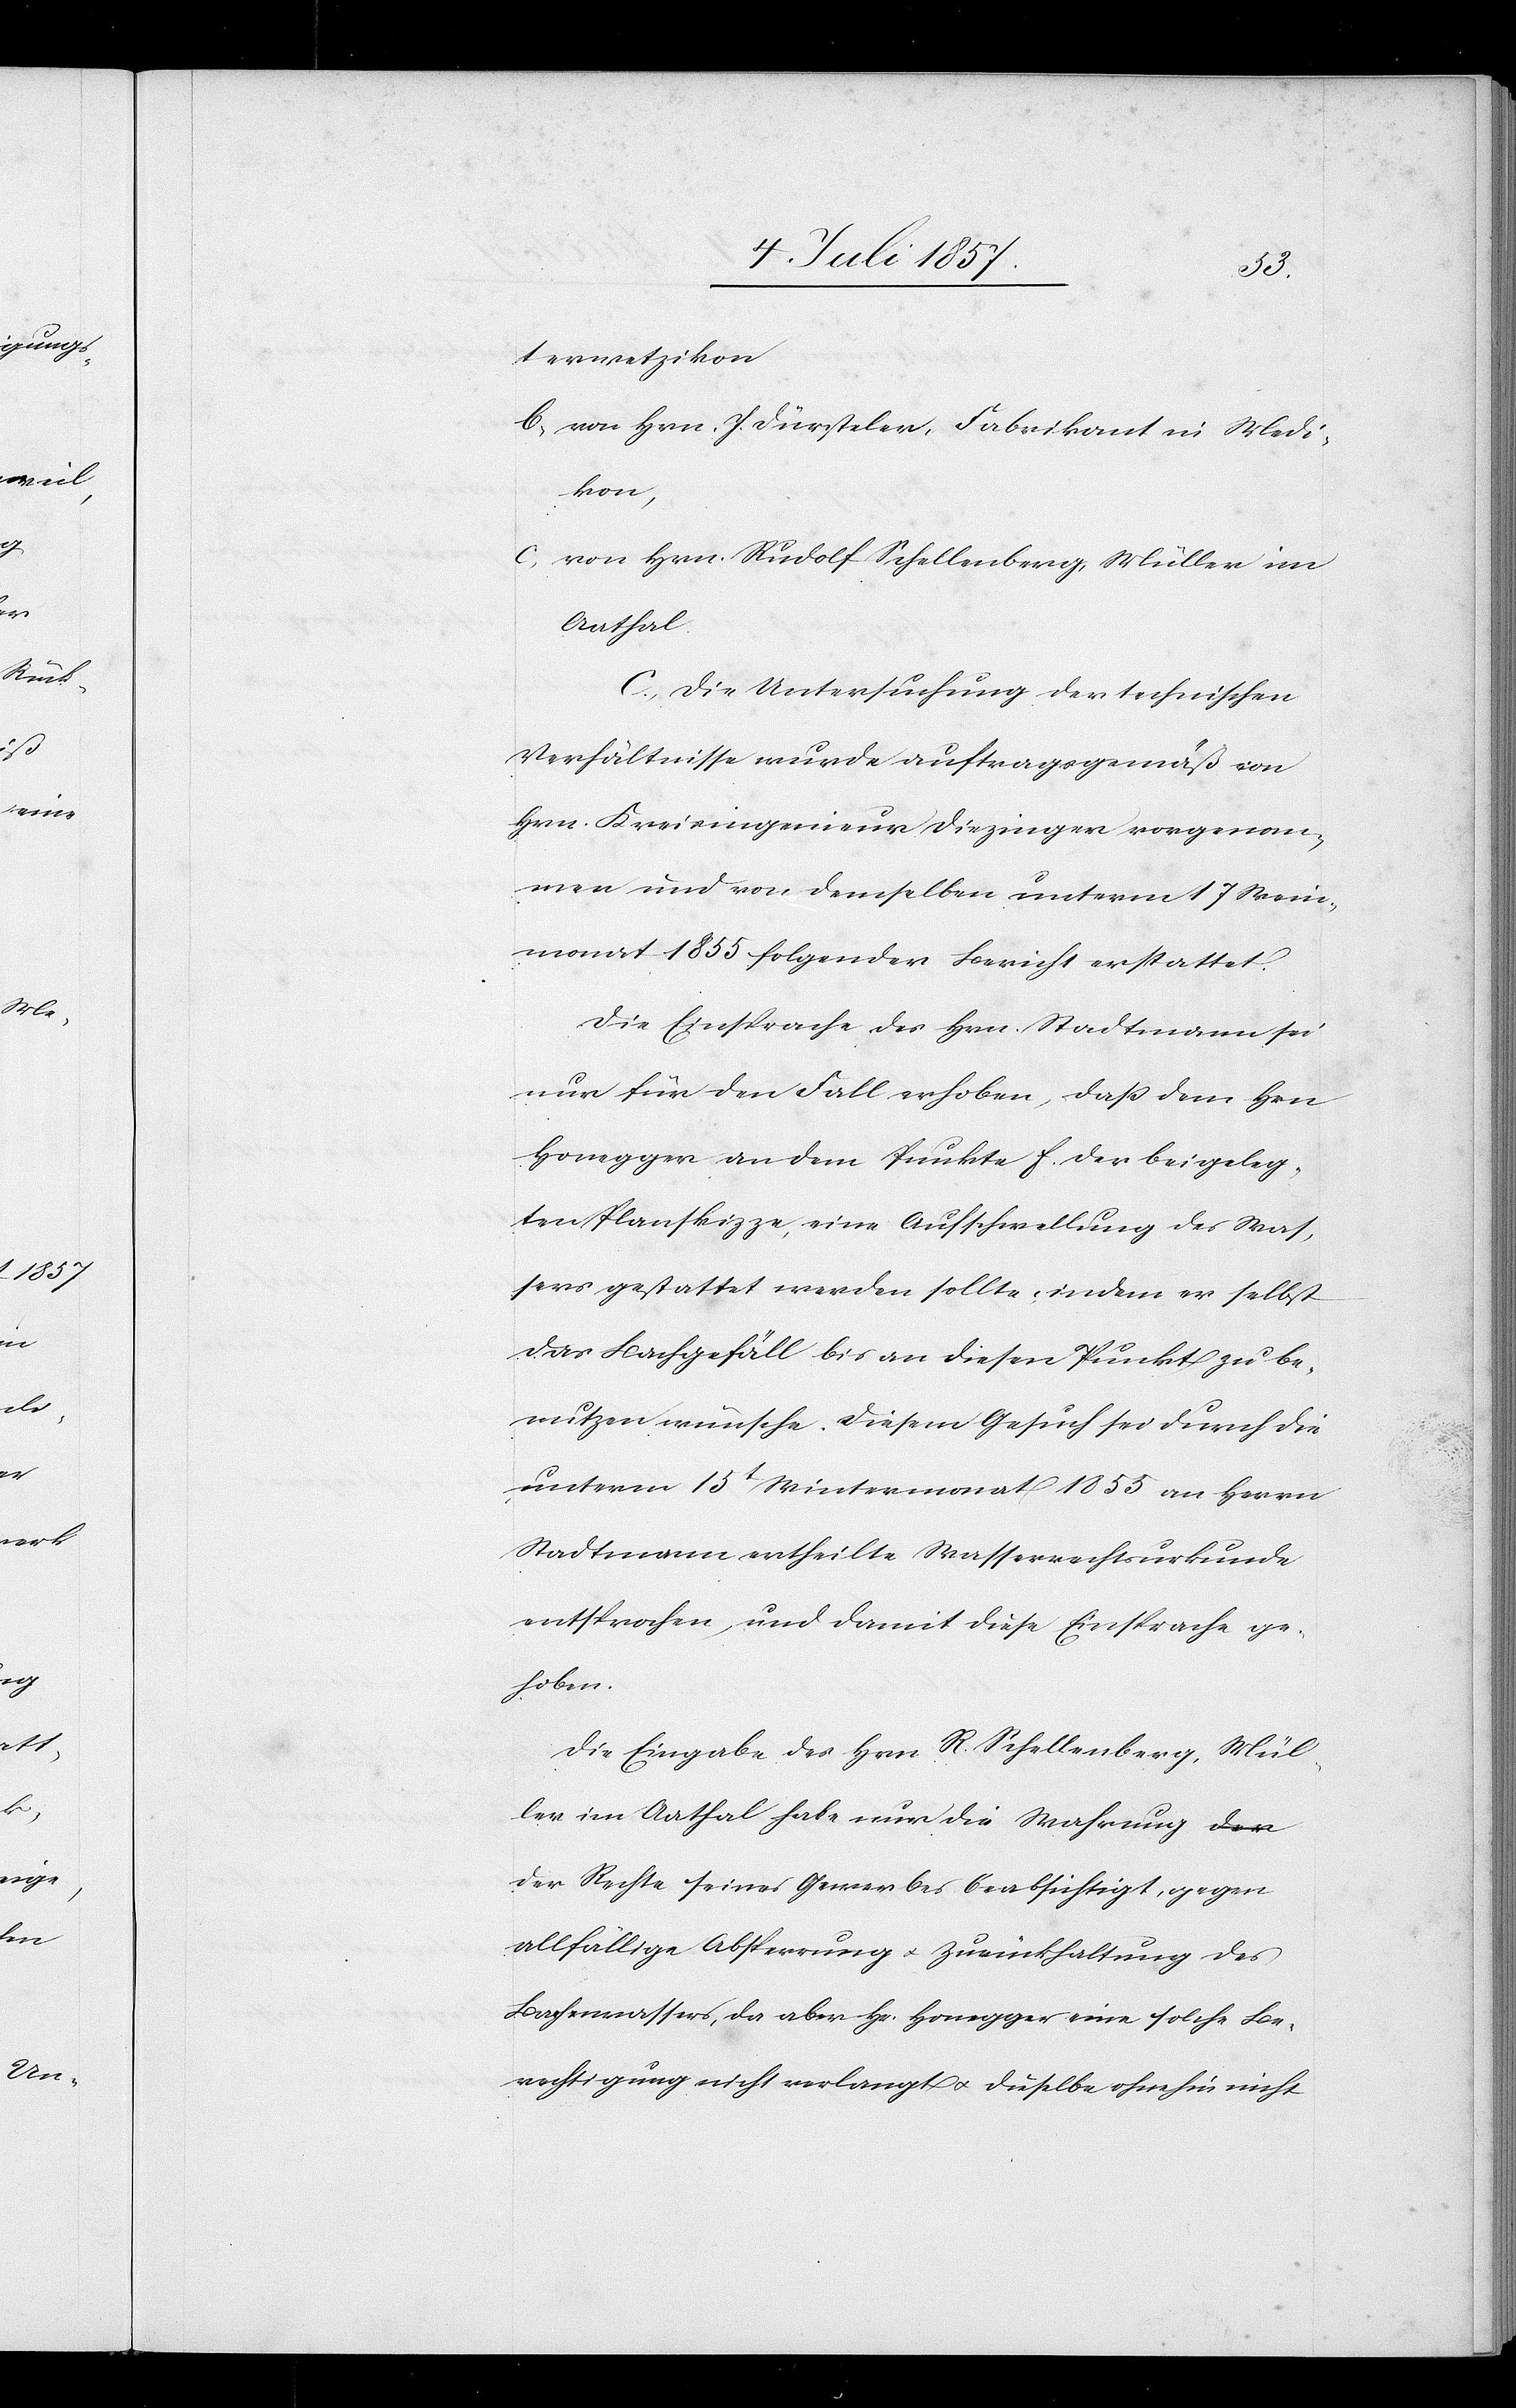
terwetzikon
b, an Hrn. Dürsteler, Fabrikant in Medi¬
kon,
von Hrn. Rudolf Schellenberg, Müller im
Aathal
C. Die Untersuchung der technischen
Verhältnisse wurde auftragsgemäß von
Hrn. Kreisingenieur Diezinger vorgenom¬
men und von demselben unterm 17 Wein¬
monat 1855 folgender Bericht erstattet.
Die Einsprache des Hrn. Stadtmann sei
nur für den Fall erhoben, daß dem Hrn.
Honegger an dem Punkte f. der beigeleg¬
ten Planskizze, eine Aufschwellung des Was¬
sers gestattet werden sollte, indem er selbst
das Bachgefäll bis an diesen Punkt zu be¬
nutzen wünsche. Diesem Gesuch sei durch die
unterm 13t Wintermonat 1855 an Herrn
Stadtmann ertheilte Wasserrechtsurkunde
entsprochen und damit diese Einsprache ge¬
hoben.
Die Eingabe des Herrn R. Schellenberg, Mül¬
ler in Aathal habe nur die Wahrung de¬
r Rechte seines Gewerbes beabsichtigt, gegen
allfällige Absperrung & Zurückhaltung des
Bachwassers, da aber Hr. Honegger eine solche Be¬
rechtigung nicht verlangt & dieselbe ohnehin nicht